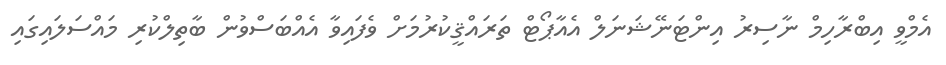
އެމްވީ އިބްރާހިމް ނާސިރު އިންޓަނޭޝަނަލް އެއާޕޯޓް ތަރައްޤީކުރުމަށް ވެފައިވާ އެއްބަސްވުން ބާތިލްކުރި މައްސަލައިގައި